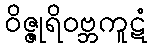
ဝိဇ္ဇုရိဝဗ္ဘကူဋံ